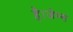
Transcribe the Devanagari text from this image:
है।जेम्स